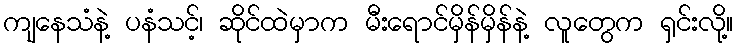
ကျနေသံနဲ့ ပနံသင့်၊ ဆိုင်ထဲမှာက မီးရောင်မှိန်မှိန်နဲ့ လူတွေက ရှင်းလို့။